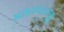
માધવરાયજી